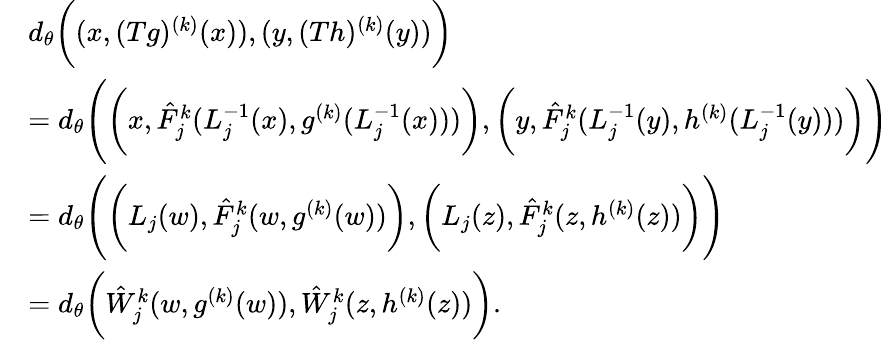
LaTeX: \begin{array}{rl}&{d_{\theta}\bigg((x,(Tg)^{(k)}(x)),(y,(Th)^{(k)}(y))\bigg)}\\ &{=d_{\theta}\Bigg(\bigg(x,\hat{F}_{j}^{k}(L_{j}^{-1}(x),g^{(k)}(L_{j}^{-1}(x)))\bigg),\bigg(y,\hat{F}_{j}^{k}(L_{j}^{-1}(y),h^{(k)}(L_{j}^{-1}(y)))\bigg)\Bigg)}\\ &{=d_{\theta}\Bigg(\bigg(L_{j}(w),\hat{F}_{j}^{k}(w,g^{(k)}(w))\bigg),\bigg(L_{j}(z),\hat{F}_{j}^{k}(z,h^{(k)}(z))\bigg)\Bigg)}\\ &{=d_{\theta}\bigg(\hat{W}_{j}^{k}(w,g^{(k)}(w)),\hat{W}_{j}^{k}(z,h^{(k)}(z))\bigg).}\end{array}